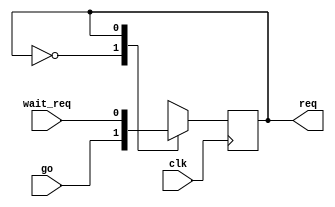
module process (
  input clk,
  input go,
  output req,
  input wait_req
);

reg cur_state = 1'b0;

always @(posedge clk)
begin
  $display(cur_state);
  case (cur_state)
    1'b0:
      cur_state <= go;
    1'b1:
      cur_state <= wait_req;
  endcase
end

assign req = (cur_state == 1'b1);

endmodule